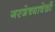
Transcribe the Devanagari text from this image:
गरजेच्यावेळी